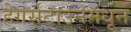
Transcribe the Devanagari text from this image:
हेगर्सटाउनमधून